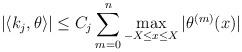
LaTeX: \begin{align*} \left | \left < k _ j , \theta \right > \right | \le C _ j \sum _ { m = 0 } ^ n \max _ { - X \le x \le X } | \theta ^ { ( m ) } ( x ) |\end{align*}